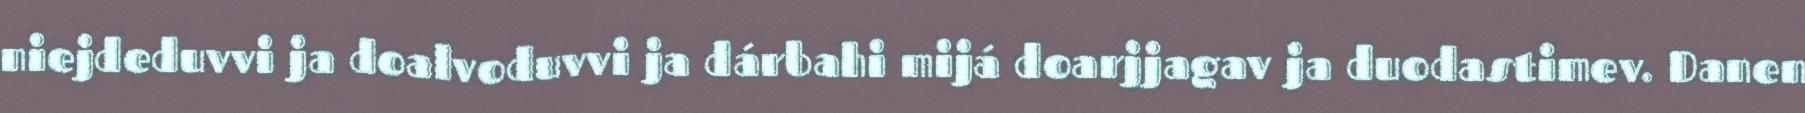
niejdeduvvi ja doalvoduvvi ja dárbahi mijá doarjjagav ja duodastimev. Danen